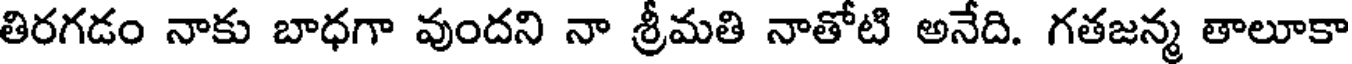
తిరగడం నాకు బాధగా వుందని నా శ్రీమతి నాతోటి అనేది. గతజన్మ తాలూకా